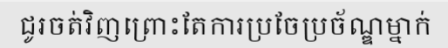
ជូរចត់វិញព្រោះតែការប្រចែប្រច័ណ្ឌម្នាក់